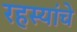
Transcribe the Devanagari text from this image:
रहस्यांचे